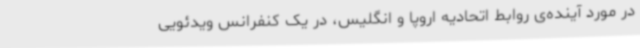
در مورد آینده‌ی روابط اتحادیه اروپا و انگلیس، در یک کنفرانس ویدئویی